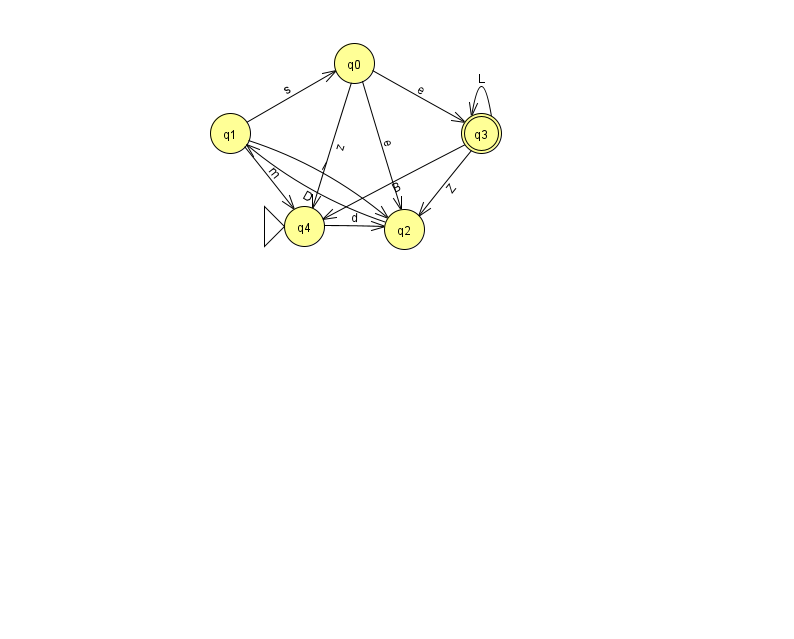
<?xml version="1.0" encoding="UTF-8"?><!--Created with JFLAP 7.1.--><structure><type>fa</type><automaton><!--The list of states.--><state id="0" name="q0"><x>354.0</x><y>50.0</y></state><state id="1" name="q1"><x>230.0</x><y>120.0</y></state><state id="2" name="q2"><x>404.0</x><y>216.0</y></state><state id="3" name="q3"><x>481.0</x><y>120.0</y><final/></state><state id="4" name="q4"><x>304.0</x><y>213.0</y><initial/></state><!--The list of transitions.--><transition><from>3</from><to>4</to><read>B</read></transition><transition><from>0</from><to>2</to><read>e</read></transition><transition><from>1</from><to>2</to><read>l</read></transition><transition><from>4</from><to>2</to><read>d</read></transition><transition><from>1</from><to>4</to><read>m</read></transition><transition><from>0</from><to>3</to><read>e</read></transition><transition><from>0</from><to>4</to><read>z</read></transition><transition><from>1</from><to>0</to><read>s</read></transition><transition><from>2</from><to>1</to><read>D</read></transition><transition><from>3</from><to>3</to><read>L</read></transition><transition><from>3</from><to>2</to><read>Z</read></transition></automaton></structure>